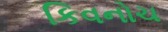
કિવનોચ